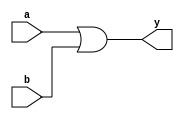
module OR_2in(a,b, y);

input a, b;
output y; 

assign y = a || b; // 

endmodule